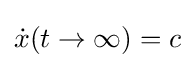
{\dot {x}}(t\rightarrow \infty )=c